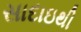
સાદાઇથી